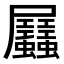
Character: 𧖉